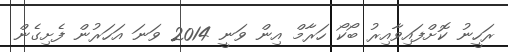
ރަހީނު ކޮށްފައިވާއިރު ބޯކޯ ހަރާމް އިން ވަނީ 2014 ވަނަ އަހަރުން ފެށިގެން